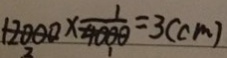
1 2 0 0 0 \times \frac { 1 } { 4 0 0 0 } = 3 ( c m )